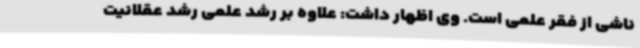
ناشی از فقر علمی است. وی اظهار داشت: علاوه بر رشد علمی رشد عقلانیت